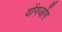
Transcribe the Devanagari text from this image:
योंगजोंग